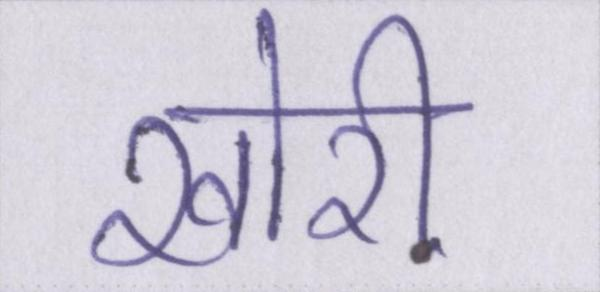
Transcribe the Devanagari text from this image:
खोरी